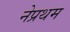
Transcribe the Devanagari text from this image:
नेप्रथम